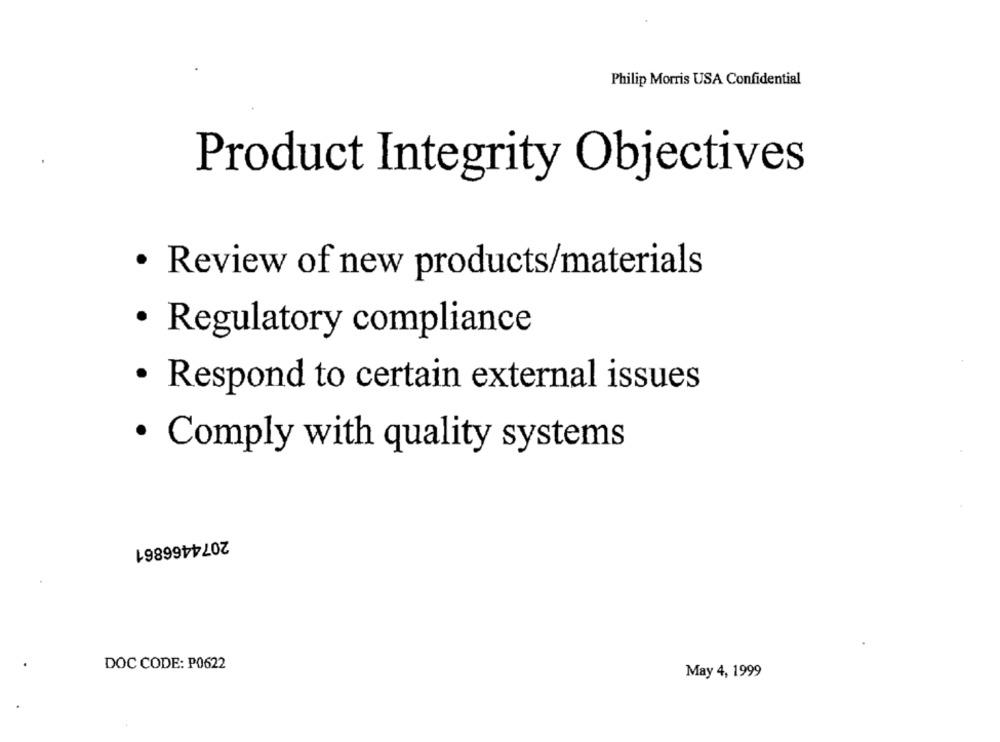
Philip Morris USA Confidential
Product Integrity Objectives
· Review of new products/materials
· Regulatory compliance
· Respond to certain external issues
· Comply with quality systems
2074466861
DOC CODE: P0622
May 4, 1999